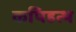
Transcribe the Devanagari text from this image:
कपिहत्थ